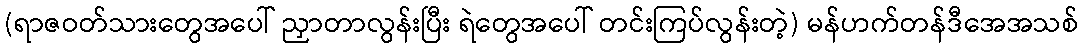
(ရာဇဝတ်သားတွေအပေါ် ညှာတာလွန်းပြီး ရဲတွေအပေါ် တင်းကြပ်လွန်းတဲ့) မန်ဟက်တန်ဒီအေအသစ်